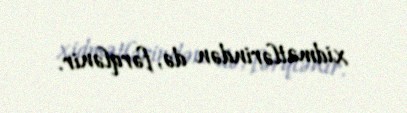
xidmətlərindən də, fərqlənir.